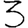
Digit: 3